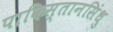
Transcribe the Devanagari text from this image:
पाकिस्तानसिंधु